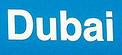
dubai